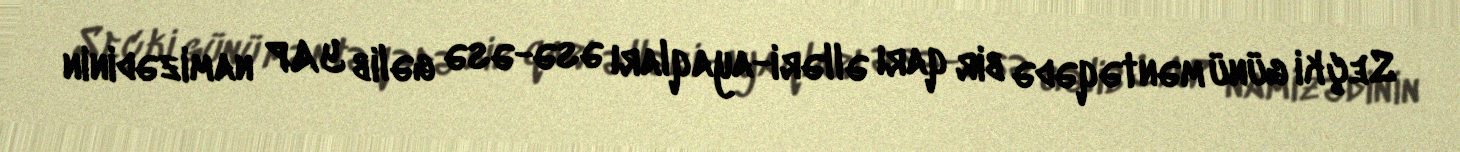
Seçki günü məntəqədə bir qarı əlləri-ayaqları əsə-əsə gəlib YAP namizədinin